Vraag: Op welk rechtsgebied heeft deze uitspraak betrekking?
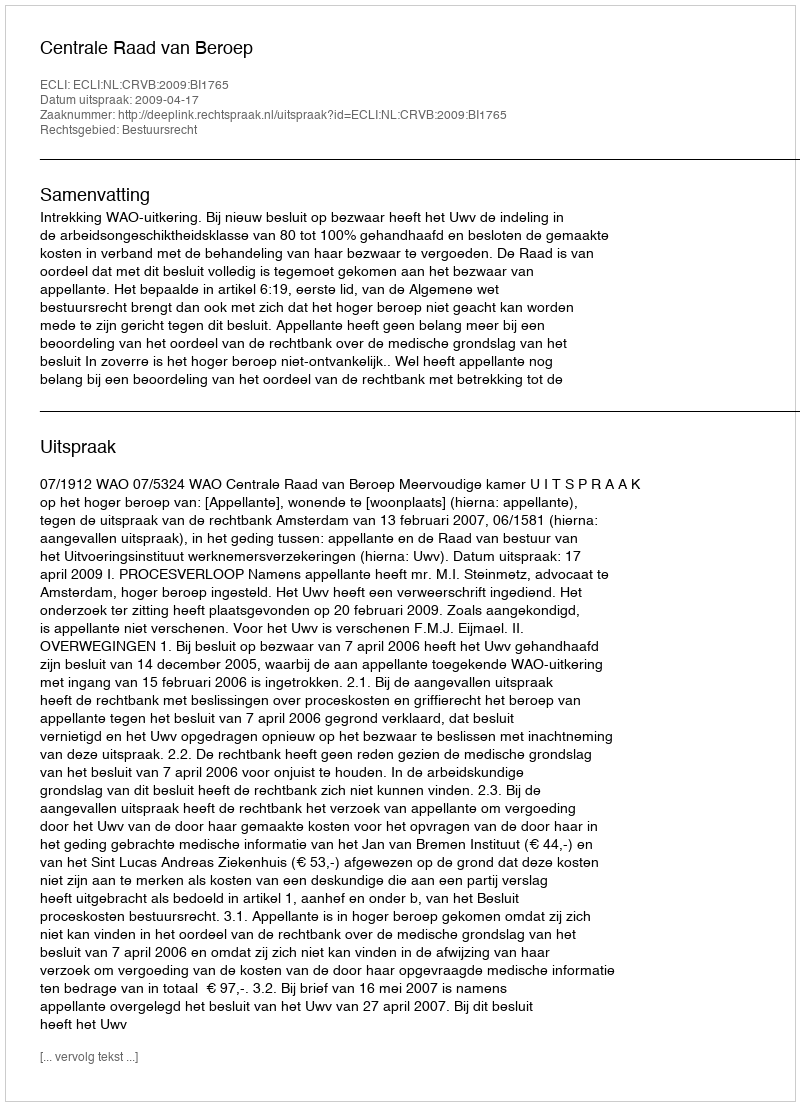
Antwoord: Bestuursrecht